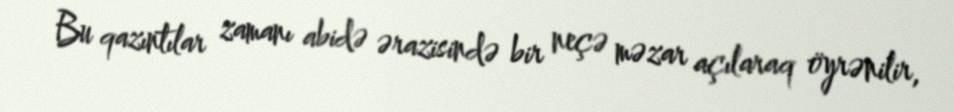
Bu qazıntılar zamanı abidə ərazisində bir neçə məzar açılaraq öyrənilir,